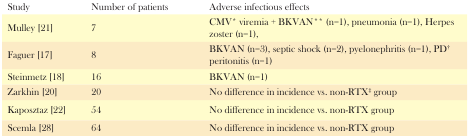
<table><thead><tr><td><b>Study</b></td><td><b>Number of patients</b></td><td><b>Adverse infectious effects</b></td></tr></thead><tbody><tr><td>Mulley [21]</td><td>7</td><td>CMV* viremia + BKVAN** (n=1), pneumonia (n=1), Herpes zoster (n=1), </td></tr><tr><td>Faguer [17]</td><td>8</td><td>BKVAN (n=3), septic shock (n=2), pyelonephritis (n=1), PD† peritonitis (n=1)</td></tr><tr><td>Steinmetz [18]</td><td>16</td><td>BKVAN (n=1)</td></tr><tr><td>Zarkhin [20]</td><td>20</td><td>No difference in incidence <i>vs.</i> non-RTX‡ group</td></tr><tr><td>Kaposztaz [22]</td><td>54</td><td>No difference in incidence <i>vs.</i> non-RTX group</td></tr><tr><td>Scemla [28]</td><td>64</td><td>No difference in incidence <i>vs.</i> non-RTX group</td></tr></tbody></table>